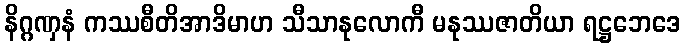
နိဂ္ဂဏှနံ ကဿစီတိအာဒိမာဟ သီသာနုလောကီ မနုဿဇာတိယာ ရဋ္ဌဘေဒေ